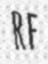
RE